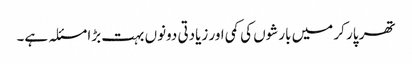
تھر پار کر میں بارشوں کی کمی اور زیادتی دونوں بہت بڑا مسئلہ ہے۔